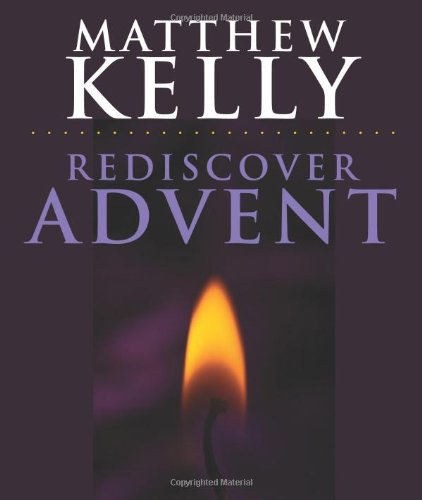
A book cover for Rediscover Advent; Matthew Kelly; Christian Books & Bibles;